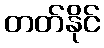
တတ်နိုင်